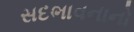
સદભાવનાનો